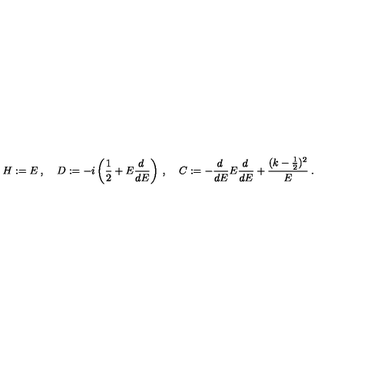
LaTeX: H : = E \: , \: \: \: \: \: D : = - i \left( \frac { 1 } { 2 } + E \frac { d \: } { d E } \right) \: , \: \: \: \: \: C : = - \frac { d \: } { d E } E \frac { d \: } { d E } + \frac { ( k - \frac { 1 } { 2 } ) ^ { 2 } } { E } \: .